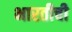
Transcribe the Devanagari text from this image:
भारतीची